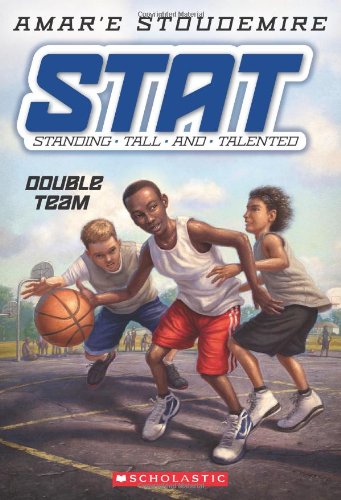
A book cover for STAT: Standing Tall and Talented #2: Double Team; Amar'e Stoudemire; Children's Books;